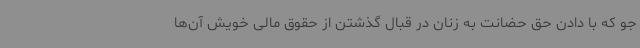
جو که با دادن حق حضانت به زنان در قبال گذشتن از حقوق مالی خویش آن‌ها